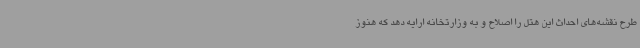
طرح نقشه‌های احداث این هتل را اصلاح و به وزارتخانه ارایه دهد که هنوز